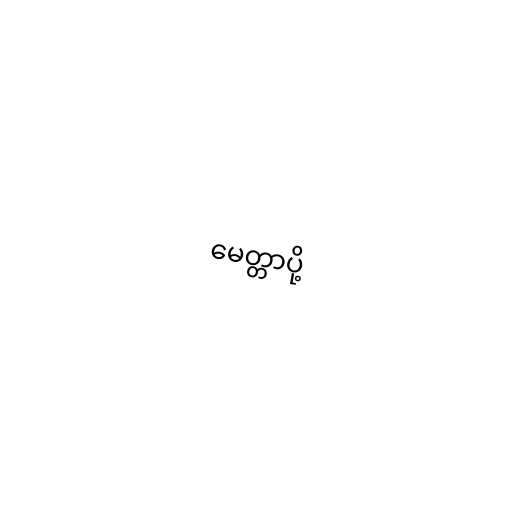
မေတ္တာပို့